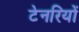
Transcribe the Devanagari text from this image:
टेनरियों